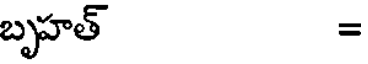
బృహత్ =